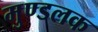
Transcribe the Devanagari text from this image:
मुण्डलक